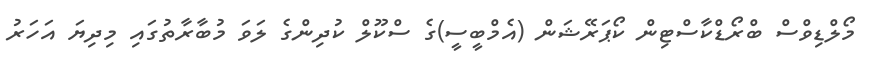
މޯލްޑިވްސް ބްރޯޑްކާސްޓިން ކޯޕަރޭޝަން (އެމްބީސީ)ގެ ސްކޫލް ކުދިންގެ ލަވަ މުބާރާތުގައި މިދިޔަ އަހަރު